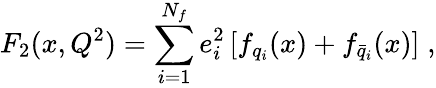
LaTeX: F_{2}(x,Q^{2})=\sum_{i=1}^{N_{f}}e_{i}^{2}\left[f_{q_{i}}(x)+f_{\bar{q}_{i}}(x)\right]\; ,